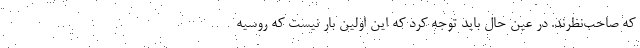
که صاحب‌نظرند. در عین حال باید توجه کرد که این اولین بار نیست که روسیه